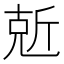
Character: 𠒙